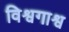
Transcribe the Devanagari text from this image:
विश्वगाश्व